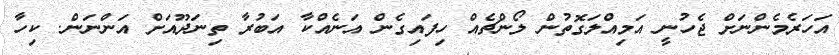
އަހަރެމެންނަށް ޖެހުނީ އަމިއްލަގޮތުން ލޯންޗެއް ހިފައިގެން އަނެއްކާ އަބުރާ ތިނަދޫއަށް އަންނަން. ކިހާ